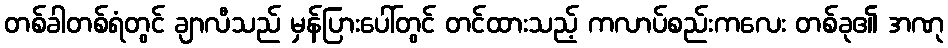
တစ်ခါတစ်ရံတွင် ချာလီသည် မှန်ပြားပေါ်တွင် တင်ထားသည့် ကလာပ်စည်းကလေး တစ်ခု၏ အဏု